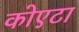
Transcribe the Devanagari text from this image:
कोएटा